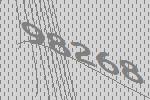
98268